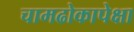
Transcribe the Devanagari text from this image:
चामढोकापेक्षा